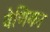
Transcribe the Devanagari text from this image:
वेणिका